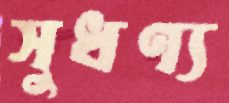
সুধণ্য